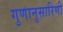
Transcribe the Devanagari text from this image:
गुणानुसारिणी